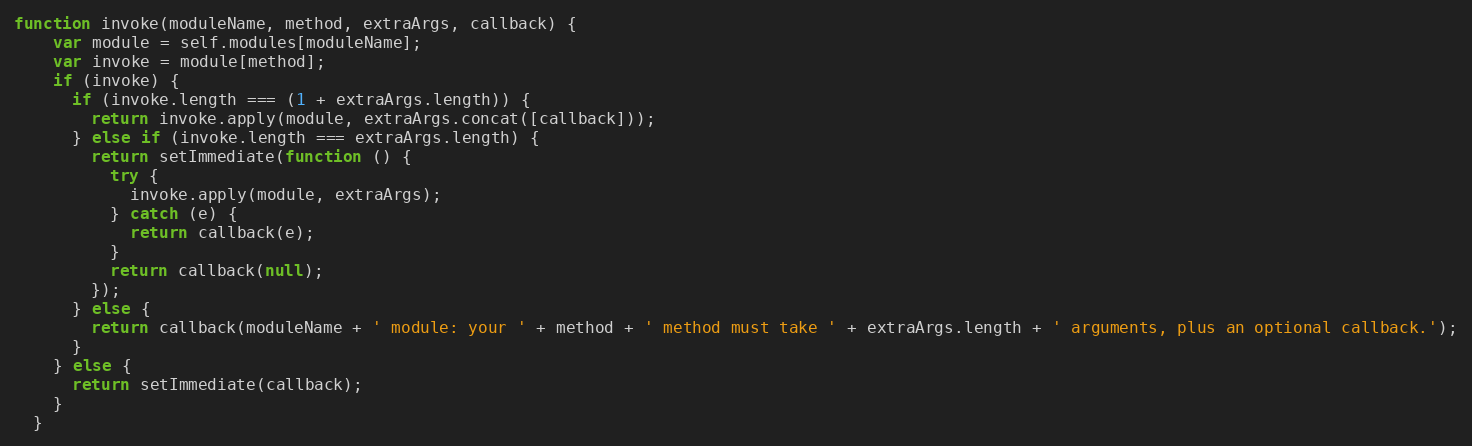
Language: JavaScript
function invoke(moduleName, method, extraArgs, callback) {
    var module = self.modules[moduleName];
    var invoke = module[method];
    if (invoke) {
      if (invoke.length === (1 + extraArgs.length)) {
        return invoke.apply(module, extraArgs.concat([callback]));
      } else if (invoke.length === extraArgs.length) {
        return setImmediate(function () {
          try {
            invoke.apply(module, extraArgs);
          } catch (e) {
            return callback(e);
          }
          return callback(null);
        });
      } else {
        return callback(moduleName + ' module: your ' + method + ' method must take ' + extraArgs.length + ' arguments, plus an optional callback.');
      }
    } else {
      return setImmediate(callback);
    }
  }